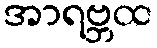
အာရဗ္ဘထ